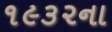
૧૯૩૨ના